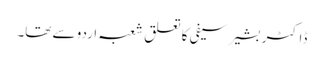
ڈاکٹر بشیر سیفی کا تعلق شعبہ اردو سے تھا۔